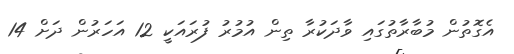
އެގޮތުން މުބާރާތުގައި ވާދަކުރާ ތިން އުމުރު ފުރައަކީ 12 އަހަރުން ދަށް 14